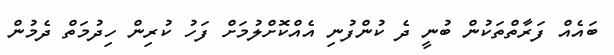
ބައެއް ފަރާތްތަކުން ބުނީ ދެ ކުންފުނި އެއްކޮށްލުމަށް ފަހު ކުރިން ހިދުމަތް ދެމުން